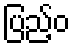
ပြည့်ဝ